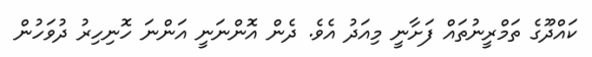
ކައްދޫގެ ތަމްރީނުތައް ފަށާނީ މިއަދު އެވެ. ދެން އޮންނަނީ އަންނަ ހޮނިހިރު ދުވަހުން